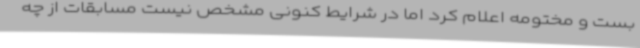
بست و مختومه اعلام کرد اما در شرایط کنونی مشخص نیست مسابقات از چه